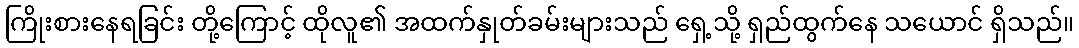
ကြိုးစားနေရခြင်း တို့ကြောင့် ထိုလူ၏ အထက်နှုတ်ခမ်းများသည် ရှေ့သို့ ရှည်ထွက်နေ သယောင် ရှိသည်။